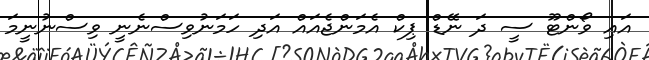
އައި ވޯންޓޫ ސީ ދަ ނޭޑް ޕިކް އެމަންޖެއައް އަދި ހަމަނުވިސްނެނީ ވިސްނުނީމަ